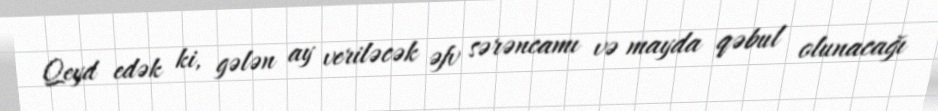
Qeyd edək ki, gələn ay veriləcək əfv sərəncamı və mayda qəbul olunacağı